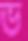
ভ